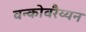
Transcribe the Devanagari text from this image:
वन्कोवरैय्यन